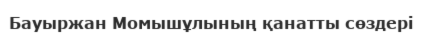
Бауыржан Момышұлының қанатты сөздері